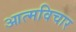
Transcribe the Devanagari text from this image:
आत्मविचार